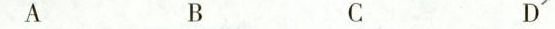
A B C D